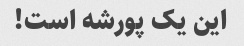
این یک پورشه است!